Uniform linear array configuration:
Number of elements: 32
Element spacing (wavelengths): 0.25
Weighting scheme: exponential
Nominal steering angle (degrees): -15
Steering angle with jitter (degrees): -15.338
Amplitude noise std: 0.05
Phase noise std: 0.05

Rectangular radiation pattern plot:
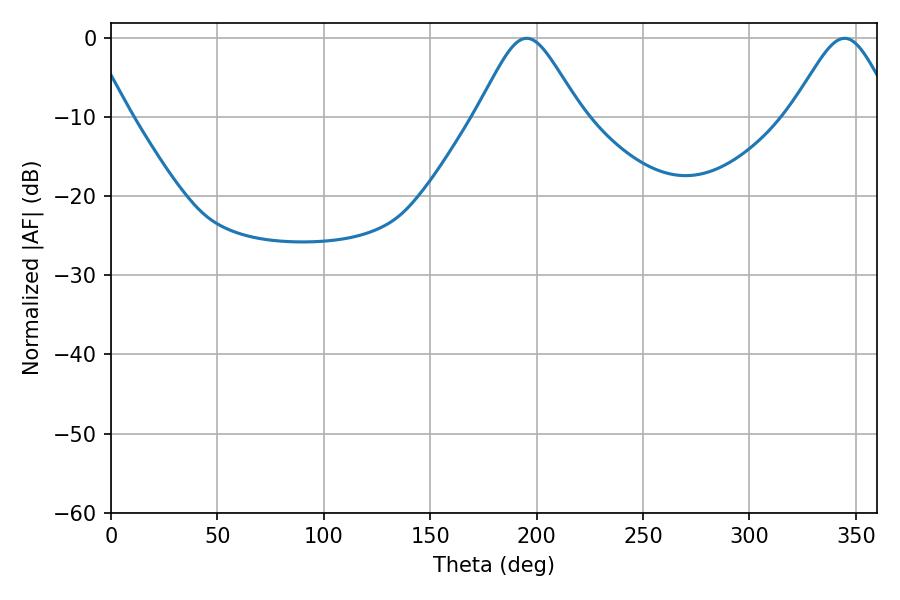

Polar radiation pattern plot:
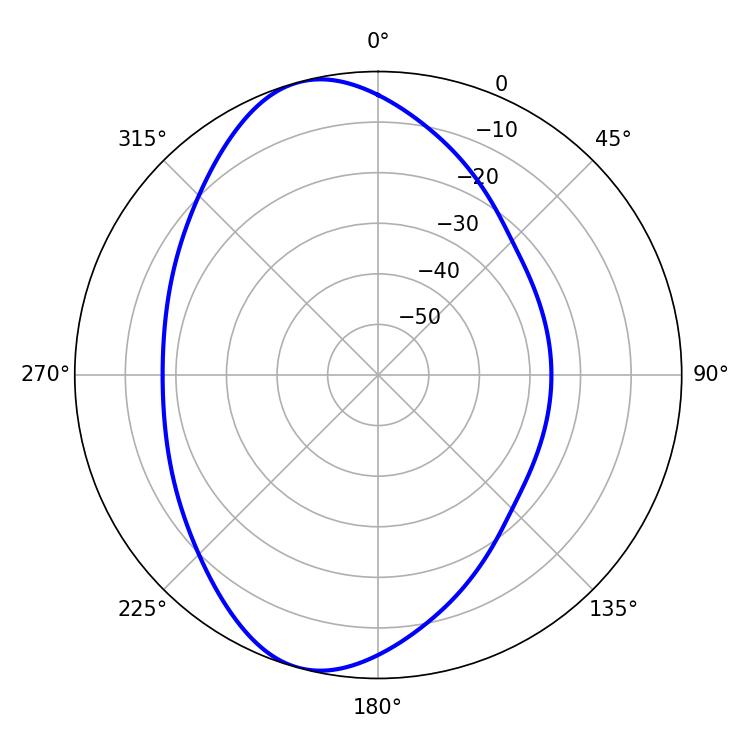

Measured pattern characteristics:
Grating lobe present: FALSE
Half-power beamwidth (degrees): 23.94
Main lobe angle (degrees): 195.3